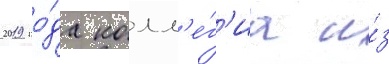
2019 го́да колл'е́г'иа и́з